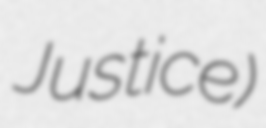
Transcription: Justice)